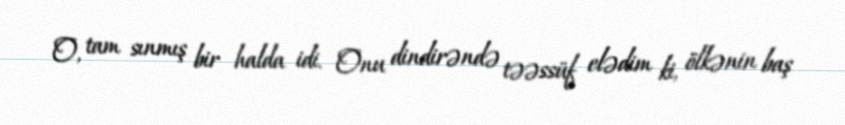
O, tam sınmış bir halda idi. Onu dindirəndə təəssüf elədim ki, ölkənin baş